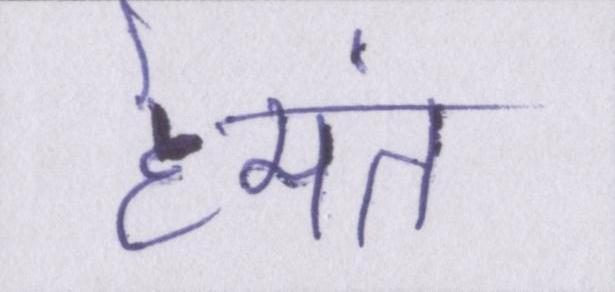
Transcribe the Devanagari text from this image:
हेमंत